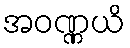
အဝဏ္ဏယိ